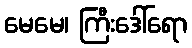
မေမေ၊ ကြီးဒေါ်ရော